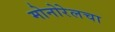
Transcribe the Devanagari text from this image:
मोनोरेलचा